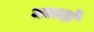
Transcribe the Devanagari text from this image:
नलदों